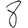
Digit: 8